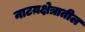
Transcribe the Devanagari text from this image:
नाटय़क्षेत्रातील